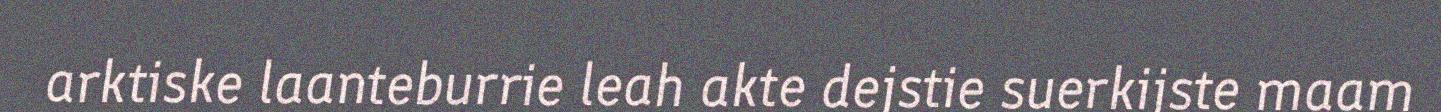
arktiske laanteburrie leah akte dejstie suerkijste maam